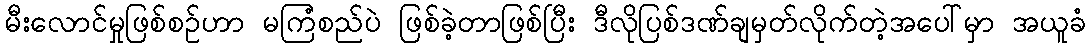
မီးလောင်မှုဖြစ်စဉ်ဟာ မကြံစည်ပဲ ဖြစ်ခဲ့တာဖြစ်ပြီး ဒီလိုပြစ်ဒဏ်ချမှတ်လိုက်တဲ့အပေါ်မှာ အယူခံ